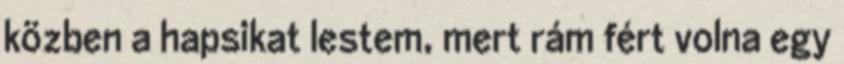
közben a hapsikat lestem, mert rám fért volna egy